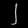
Digit: ၂